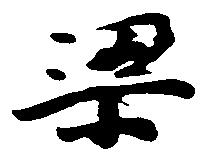
梁